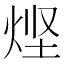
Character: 𰞤